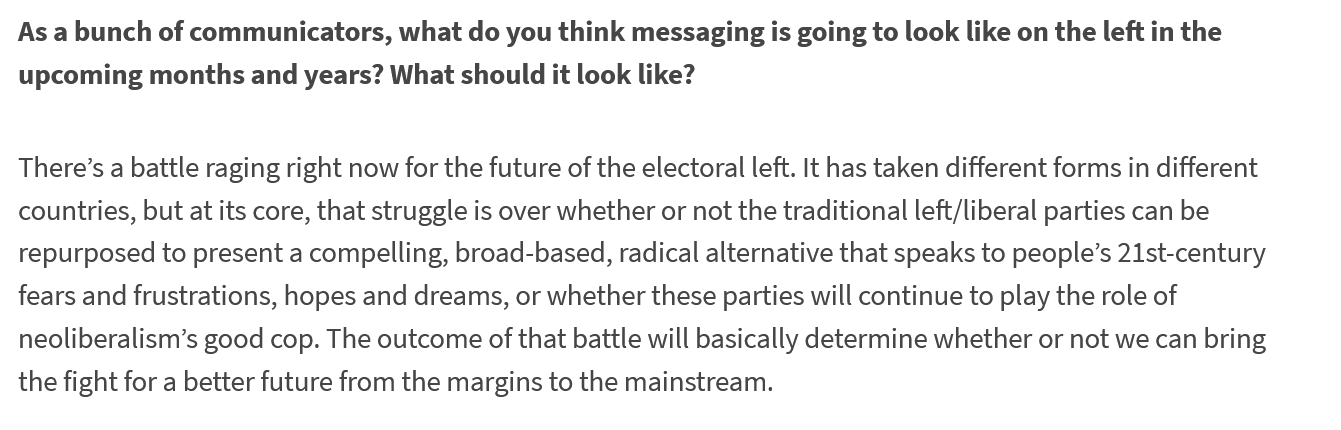
As a bunch of communicators, what do you think messaging is going to look like on the left in the
  upcoming  months and years? What should it look like?
  There’s a battle raging right now for the future of the electoral left. It has taken different forms in different
  countries, but at its core, that struggle is over whether or not the traditional left/liberal parties can be
  repurposed to present a compelling, broad-based, radical alternative that speaks to people’s 21st-century
  fears and frustrations, hopes and dreams, or whether these parties will continue to play the role of
  neoliberalism’s good cop. The outcome of that battle will basically determine whether or not we can bring
  the fight for a better future from the margins to the mainstream.